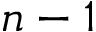
n - 1